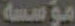
مؤسسة